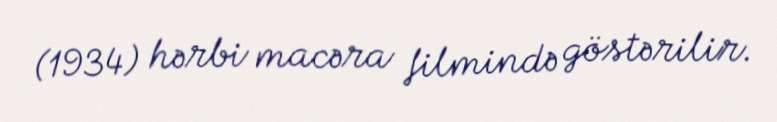
(1934) hərbi macəra filmində göstərilir.